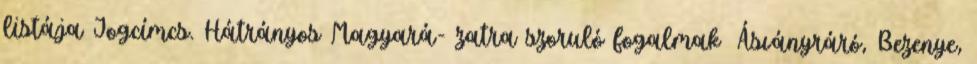
listája Jogcímcs. Hátrányos Magyará- zatra szoruló fogalmak ▪Ásványráró, Bezenye,